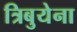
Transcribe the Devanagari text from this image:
त्रिबुयेना